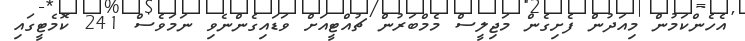
އެހެންކަމުން މިއަދުން ފެށިގެން މަޖިލީސް މެމްބަރުން ޗުއްޓީއަށް ވަޑައިގެންނެވި ނަމަވެސް 241 ކޮމެޓީގައި